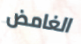
الغامض